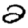
Digit: 2